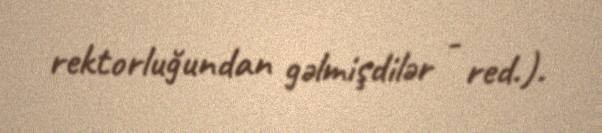
rektorluğundan gəlmişdilər - red.).